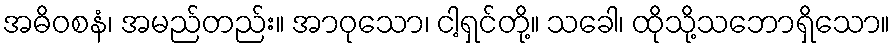
အဓိဝစနံ၊ အမည်တည်း။ အာဝုသော၊ ငါ့ရှင်တို့။ သခေါ၊ ထိုသို့သဘောရှိသော။